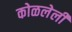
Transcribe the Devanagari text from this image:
कोळलेली